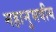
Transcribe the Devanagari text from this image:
महानुभवीय